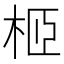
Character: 𣐵